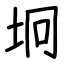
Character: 坰